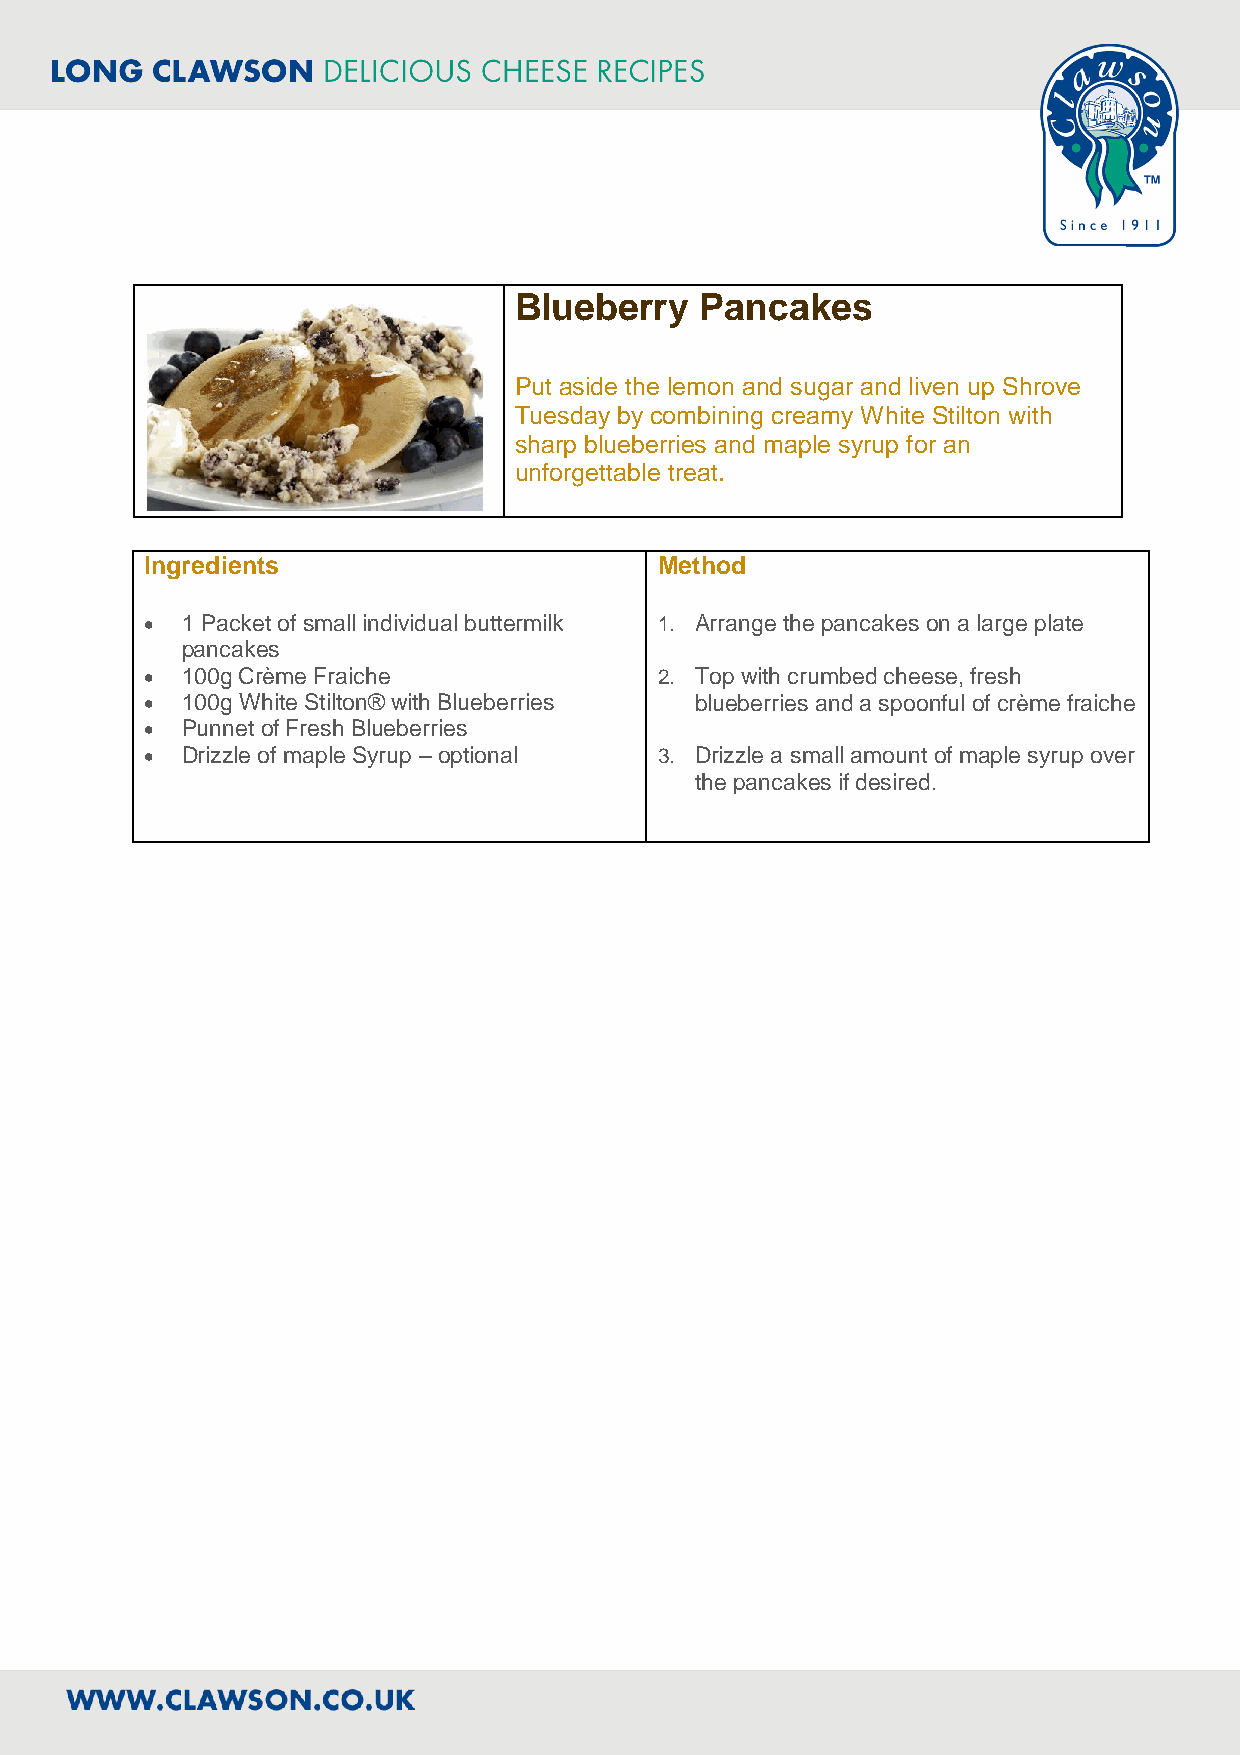
Blueberry   Pancakes
 Put aside the lemon and sugar and liven up Shrove
 Tuesday by combining creamy White Stilton with
 sharp blueberries and maple syrup for an
 unforgettable treat.
 Ingredients                       Method
  1 Packet of small individual buttermilk 1. Arrange the pancakes on a large plate
 pancakes
  100g Crème Fraiche              2. Top with crumbed cheese, fresh
  100g White Stilton® with Blueberries blueberries and a spoonful of crème fraiche
  Punnet of Fresh Blueberries
  Drizzle of maple Syrup – optional 3. Drizzle a small amount of maple syrup over
 the pancakes if desired.